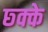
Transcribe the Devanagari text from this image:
छ्क्के